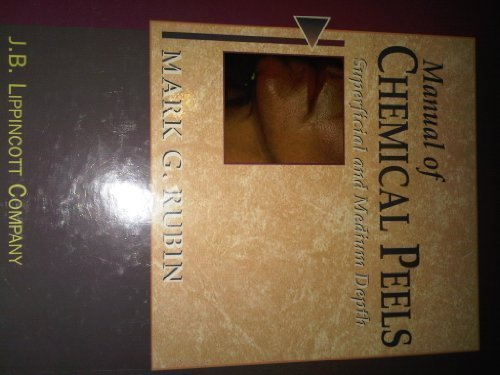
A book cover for Manual of Chemical Peels: Superficial and Medium Depth; Mark G. Rubin; Medical Books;